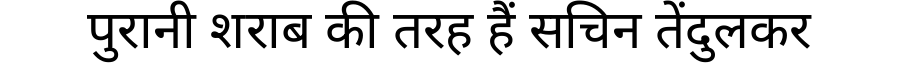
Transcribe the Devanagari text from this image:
पुरानी शराब की तरह हैं सचिन तेंदुलकर